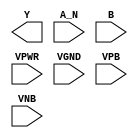
/**
 * Copyright 2020 The SkyWater PDK Authors
 *
 * Licensed under the Apache License, Version 2.0 (the "License");
 * you may not use this file except in compliance with the License.
 * You may obtain a copy of the License at
 *
 *     https://www.apache.org/licenses/LICENSE-2.0
 *
 * Unless required by applicable law or agreed to in writing, software
 * distributed under the License is distributed on an "AS IS" BASIS,
 * WITHOUT WARRANTIES OR CONDITIONS OF ANY KIND, either express or implied.
 * See the License for the specific language governing permissions and
 * limitations under the License.
 *
 * SPDX-License-Identifier: Apache-2.0
 */

`ifndef SKY130_FD_SC_HD__NAND2B_PP_BLACKBOX_V
`define SKY130_FD_SC_HD__NAND2B_PP_BLACKBOX_V

/**
 * nand2b: 2-input NAND, first input inverted.
 *
 * Verilog stub definition (black box with power pins).
 *
 * WARNING: This file is autogenerated, do not modify directly!
 */

`timescale 1ns / 1ps
`default_nettype none

(* blackbox *)
module sky130_fd_sc_hd__nand2b (
    Y   ,
    A_N ,
    B   ,
    VPWR,
    VGND,
    VPB ,
    VNB
);

    output Y   ;
    input  A_N ;
    input  B   ;
    input  VPWR;
    input  VGND;
    input  VPB ;
    input  VNB ;
endmodule

`default_nettype wire
`endif  // SKY130_FD_SC_HD__NAND2B_PP_BLACKBOX_V